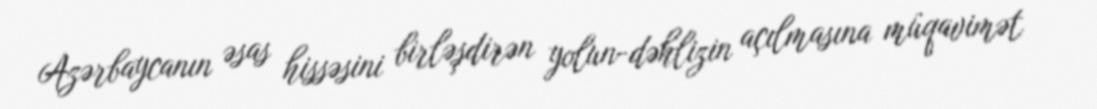
Azərbaycanın əsas hissəsini birləşdirən yolun-dəhlizin açılmasına müqavimət